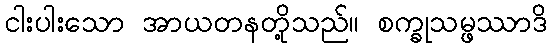
ငါးပါးသော အာယတနတို့သည်။ စက္ခုသမ္ဖဿာဒိ